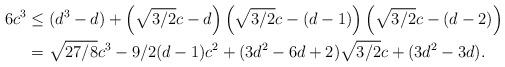
LaTeX: \begin{align*}6c^3 &\le (d^3-d) +\left(\sqrt{3/2}c - d\right)\left(\sqrt{3/2}c - (d-1)\right)\left(\sqrt{3/2}c - (d-2)\right) \\&=\sqrt{27/8}c^3 - 9/2(d-1) c^2 + (3d^2-6d+2)\sqrt{3/2}c + (3d^2-3d).\end{align*}